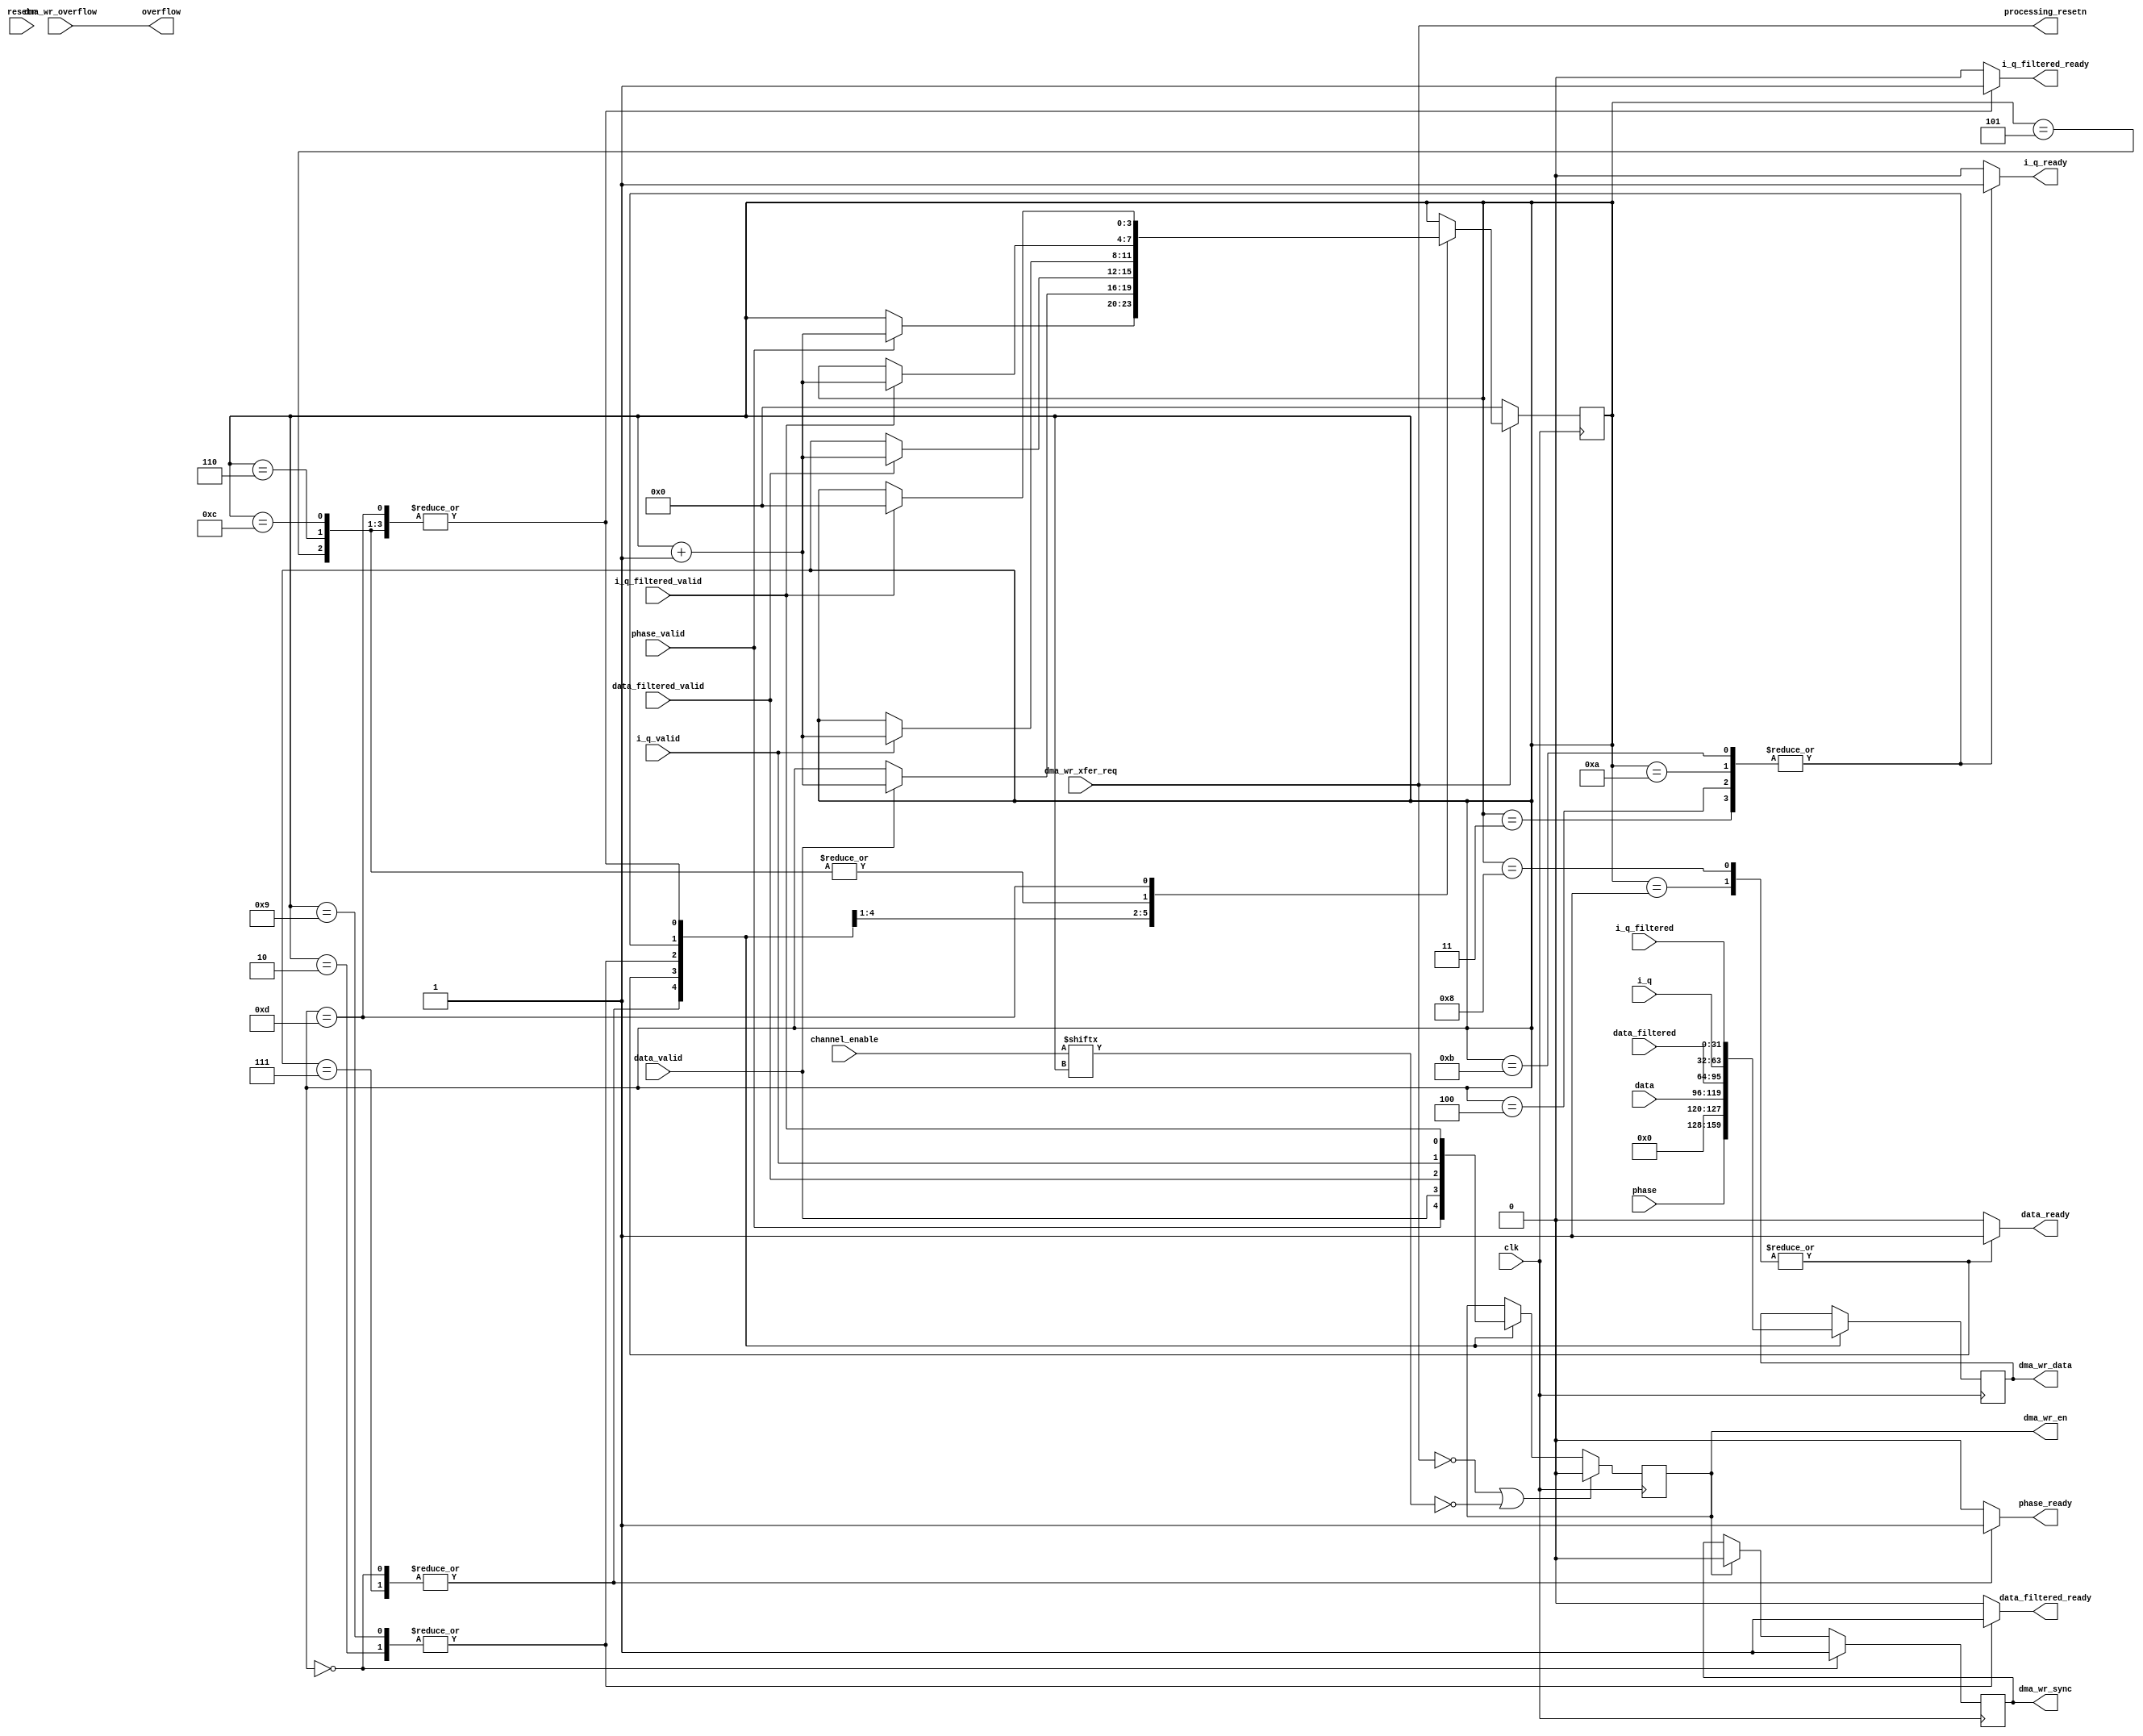
module cn0363_dma_sequencer (
	input clk,
	input resetn,

	input [31:0] phase,
	input phase_valid,
	output reg phase_ready,

	input [23:0] data,
	input data_valid,
	output reg data_ready,

	input [31:0] data_filtered,
	input data_filtered_valid,
	output reg data_filtered_ready,

	input [31:0] i_q,
	input i_q_valid,
	output reg i_q_ready,

	input [31:0] i_q_filtered,
	input i_q_filtered_valid,
	output reg i_q_filtered_ready,

	output overflow,

	output reg [31:0] dma_wr_data,
	output reg dma_wr_en,
	output reg dma_wr_sync,
	input dma_wr_overflow,
	input dma_wr_xfer_req,

	input [13:0] channel_enable,

	output processing_resetn
);

reg [3:0] count = 'h00;

assign overflow = dma_wr_overflow;
assign processing_resetn = dma_wr_xfer_req;

always @(posedge clk) begin
	if (processing_resetn == 1'b0) begin
		count <= 'h0;
	end else begin
		case (count)
		'h0: if (phase_valid) count <= count + 1;
		'h1: if (data_valid) count <= count + 1;
		'h2: if (data_filtered_valid) count <= count + 1;
		'h3: if (i_q_valid) count <= count + 1;
		'h4: if (i_q_valid) count <= count + 1;
		'h5: if (i_q_filtered_valid) count <= count + 1;
		'h6: if (i_q_filtered_valid) count <= count + 1;
		'h7: if (phase_valid) count <= count + 1;
		'h8: if (data_valid) count <= count + 1;
		'h9: if (data_filtered_valid) count <= count + 1;
		'ha: if (i_q_valid) count <= count + 1;
		'hb: if (i_q_valid) count <= count + 1;
		'hc: if (i_q_filtered_valid) count <= count + 1;
		'hd: if (i_q_filtered_valid) count <= 'h00;
		endcase
	end
end

always @(posedge clk) begin
	case (count)
	'h0: dma_wr_data <= phase;
	'h1: dma_wr_data <= {8'h00,data[23:0]};
	'h2: dma_wr_data <= data_filtered;
	'h3: dma_wr_data <= i_q;
	'h4: dma_wr_data <= i_q;
	'h5: dma_wr_data <= i_q_filtered;
	'h6: dma_wr_data <= i_q_filtered;
	'h7: dma_wr_data <= phase;
	'h8: dma_wr_data <= {8'h00,data[23:0]};
	'h9: dma_wr_data <= data_filtered;
	'ha: dma_wr_data <= i_q;
	'hb: dma_wr_data <= i_q;
	'hc: dma_wr_data <= i_q_filtered;
	'hd: dma_wr_data <= i_q_filtered;
	endcase
end

always @(posedge clk) begin
	if (processing_resetn == 1'b0 || channel_enable[count] == 1'b0) begin
		dma_wr_en <= 1'b0;
	end else begin
		case (count)
		'h0: dma_wr_en <= phase_valid;
		'h1: dma_wr_en <= data_valid;
		'h2: dma_wr_en <= data_filtered_valid;
		'h3: dma_wr_en <= i_q_valid;
		'h4: dma_wr_en <= i_q_valid;
		'h5: dma_wr_en <= i_q_filtered_valid;
		'h6: dma_wr_en <= i_q_filtered_valid;
		'h7: dma_wr_en <= phase_valid;
		'h8: dma_wr_en <= data_valid;
		'h9: dma_wr_en <= data_filtered_valid;
		'ha: dma_wr_en <= i_q_valid;
		'hb: dma_wr_en <= i_q_valid;
		'hc: dma_wr_en <= i_q_filtered_valid;
		'hd: dma_wr_en <= i_q_filtered_valid;
		endcase
	end
end

always @(posedge clk) begin
	if (count == 'h00) begin
		dma_wr_sync <= 1'b1;
	end else if (dma_wr_en == 1'b1) begin
		dma_wr_sync = 1'b0;
	end
end

always @(*) begin
	case (count)
	'h0: phase_ready <= 1'b1;
	'h7: phase_ready <= 1'b1;
	default: phase_ready <= 1'b0;
	endcase
end

always @(*) begin
	case (count)
	'h1: data_ready <= 1'b1;
	'h8: data_ready <= 1'b1;
	default: data_ready <= 1'b0;
	endcase
end

always @(*) begin
	case (count)
	'h2: data_filtered_ready <= 1'b1;
	'h9: data_filtered_ready <= 1'b1;
	default: data_filtered_ready <= 1'b0;
	endcase
end

always @(*) begin
	case (count)
	'h3: i_q_ready <= 1'b1;
	'h4: i_q_ready <= 1'b1;
	'ha: i_q_ready <= 1'b1;
	'hb: i_q_ready <= 1'b1;
	default: i_q_ready <= 1'b0;
	endcase
end

always @(*) begin
	case (count)
	'h5: i_q_filtered_ready <= 1'b1;
	'h6: i_q_filtered_ready <= 1'b1;
	'hc: i_q_filtered_ready <= 1'b1;
	'hd: i_q_filtered_ready <= 1'b1;
	default: i_q_filtered_ready <= 1'b0;
	endcase
end

endmodule